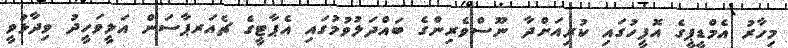
މިހާރު އެމްޑީޕީގެ އޮފީހުގައި ކުރިއަށްދާ ނޫސްވެރިންގެ ބައްދަލުވުމުގައި އެޕާޓީގެ ޗެއަރޕާސަން އަލީވަހީދު ވިދާޅުވީ